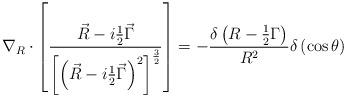
LaTeX: \begin{align*}\nabla _R\cdot \left[ \frac{\vec R-i\frac 12\vec \Gamma }{\left[ \left( \vec R-i\frac 12\vec \Gamma \right) ^2\right] ^{\frac 32}}\right] =-\frac{\delta \left( R-\frac 12\Gamma \right) }{R^2}\delta \left(\cos \theta \right)\end{align*}